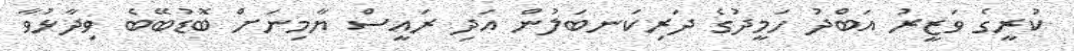
ކުރީގެ ވަޒީރު އަބްދު ހަމީދުގެ ދަރިކަނބަލުން އަދި ރައީސް ޔާމިނަށް ބޮޑުބޭބެ ވިދާޅުވާ